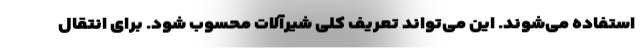
استفاده می‌شوند. این می‌تواند تعریف کلی شیرآلات محسوب شود. برای انتقال